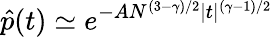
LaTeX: \hat{p}(t)\simeq e^{-AN^{(3-\gamma)/2}|t|^{(\gamma-1)/2}}